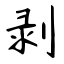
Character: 剥